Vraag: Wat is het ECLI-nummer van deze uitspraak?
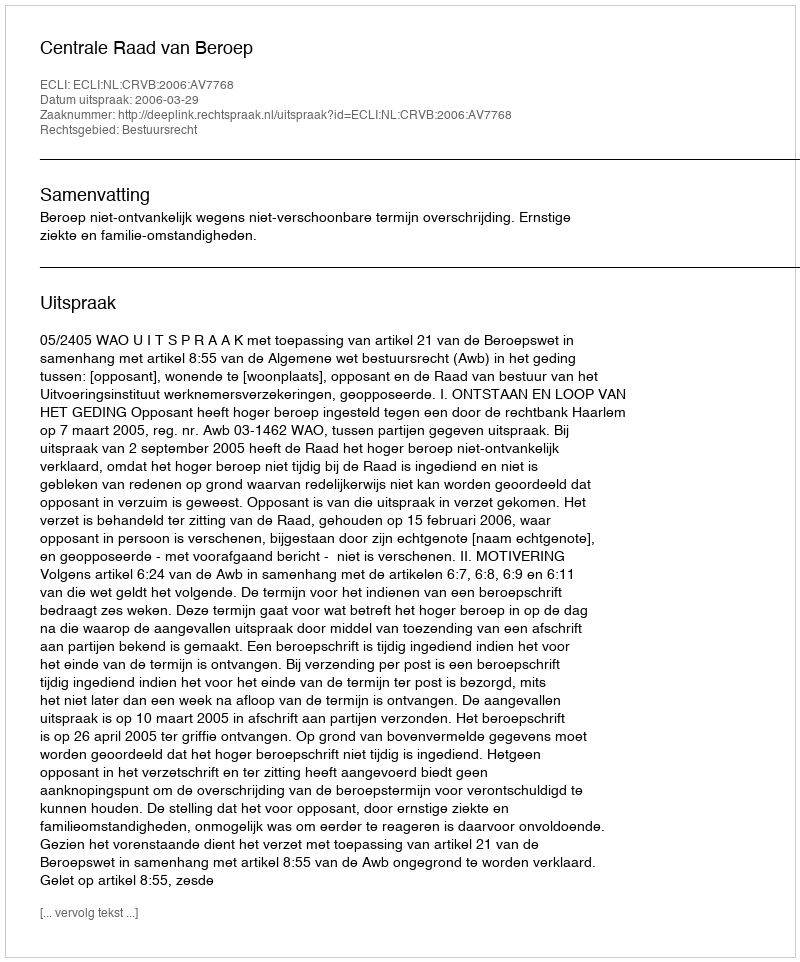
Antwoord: ECLI:NL:CRVB:2006:AV7768